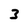
Character: 3